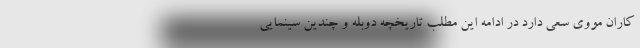
کاران مووی سعی دارد در ادامه این مطلب تاریخچه دوبله و چندین سینمایی